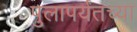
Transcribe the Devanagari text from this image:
पुलापर्यंतच्या